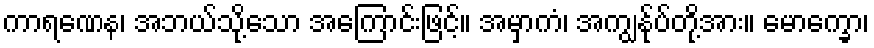
ကာရဏေန၊ အဘယ်သို့သော အကြောင်းဖြင့်။ အမှာကံ၊ အကျွန်ုပ်တို့အား။ မောက္ခော၊